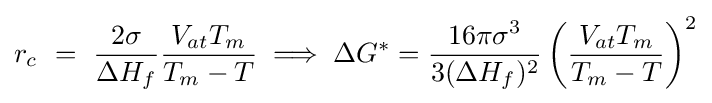
r_{c}\ =\ {\frac {2\sigma }{\Delta H_{f}}}{\frac {V_{at}T_{m}}{T_{m}-T}}\implies \Delta G^{*}={\frac {16\pi \sigma ^{3}}{3(\Delta H_{f})^{2}}}\left({\frac {V_{at}T_{m}}{T_{m}-T}}\right)^{2}